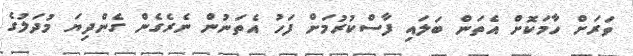
ވަރަށް ހާމަކޮށް އެތަން ބަލައި ފާސްކުރުމަށް ފަހު އެތަނުން ނެރެގެން ގެންދިޔަ މުދަލުގެ